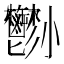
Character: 𡯀